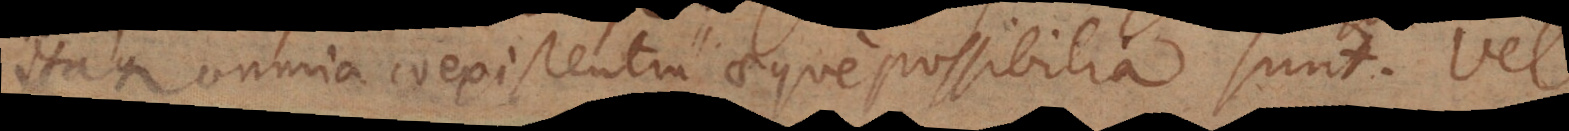
Itaque omnia coexistentia aeque possibilia sunt. Vel